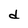
Character: d